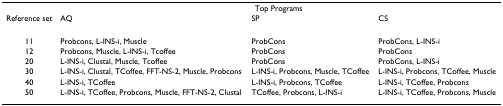
<table><thead><tr><td></td><td colspan="3"><b>Top Programs</b></td></tr><tr><td><b>Reference set</b></td><td><b>AQ</b></td><td><b>SP</b></td><td><b>CS</b></td></tr></thead><tbody><tr><td>11</td><td>Probcons, L-INS-i, Muscle</td><td>ProbCons</td><td>ProbCons, L-INS-i</td></tr><tr><td>12</td><td>Probcons, Muscle, L-INS-i, Tcoffee</td><td>ProbCons</td><td>ProbCons</td></tr><tr><td>20</td><td>L-INS-i, Clustal, Muscle, Tcoffee</td><td>ProbCons</td><td>ProbCons, L-INS-i</td></tr><tr><td>30</td><td>L-INS-i, Clustal, TCoffee, FFT-NS-2, Muscle, Probcons</td><td>L-INS-i, Probcons, Muscle, TCoffee</td><td>L-INS-i, Probcons, TCoffee, Muscle</td></tr><tr><td>40</td><td>L-INS-i, TCoffee</td><td>L-INS-i, Probcons, TCoffee</td><td>L-INS-i, TCoffee, Probcons</td></tr><tr><td>50</td><td>L-INS-i, TCoffee, Probcons, Muscle, FFT-NS-2, Clustal</td><td>TCoffee, Probcons, L-INS-i</td><td>L-INS-i, TCoffee, Probcons, Muscle</td></tr></tbody></table>